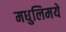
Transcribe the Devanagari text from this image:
मधुलिमये